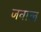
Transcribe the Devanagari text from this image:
जवाल